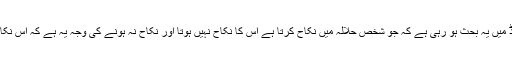
میں اس تھریڈ کو شروع سے پڑھتا ہوا آ رہا ہوں اور میں جس نتیجے پر پہنچا ہوں وہ یہ کہ اس تھریڈ میں یہ بحث ہو رہی ہے کہ جو شخص حلالہ میں نکاح کرتا ہے اس کا نکاح نہیں ہوتا اور نکاح نہ ہونے کی وجہ یہ ہے کہ اس نکاح میں پہلے ہی یہ شرط موجود ہوتی ہے کہ تم حقوق زوجیت کی ادائیگی کے بعد طلاق دے دو گے۔